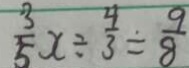
\frac { 3 } { 5 } x \div \frac { 4 } { 3 } \div \frac { 9 } { 8 }